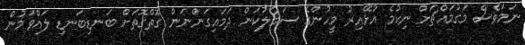
ނަމަވެސް މަގުމައްޗަށް ނިކުމެ އުޅޭއިރު މީހުންގެ ސަމާލުކަން ދަމައިގަންނަން ގޮތްގޮތަށް ބަނޑިބަނޑި ލައްވަމުން